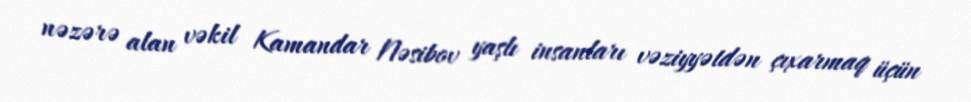
nəzərə alan vəkil Kamandar Nəsibov yaşlı insanları vəziyyətdən çıxarmaq üçün